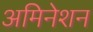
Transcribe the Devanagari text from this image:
अमिनेशन